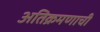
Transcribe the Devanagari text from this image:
अतिक्रमणाची